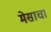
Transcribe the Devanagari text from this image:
मेसाचा